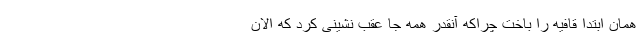
همان ابتدا قافیه را باخت چراکه آنقدر همه جا عقب نشینی کرد که الان